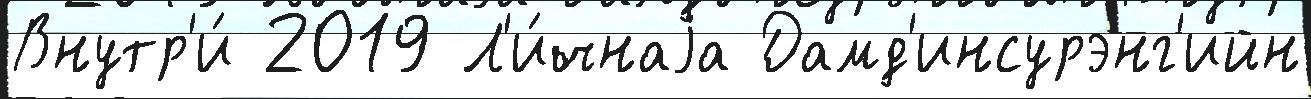
Внутр'и́ 2019 Л'и́чнаjа Дамд'инсурэнг'ийн